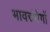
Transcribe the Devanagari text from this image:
भावसंवेगों